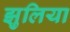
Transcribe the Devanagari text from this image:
झुलिया